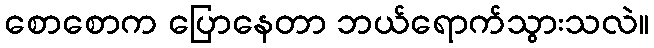
စောစောက ပြောနေတာ ဘယ်ရောက်သွားသလဲ။